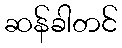
ဆန်ခါတင်